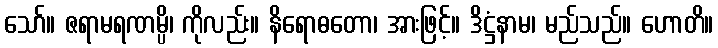
သော်။ ဇရာမရဏမ္ပိ၊ ကိုလည်း။ နိရောဓတော၊ အားဖြင့်။ ဒိဋ္ဌံနာမ၊ မည်သည်။ ဟောတိ။